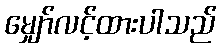
မျှော်လင့်ထားပါသည်